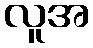
လူအ